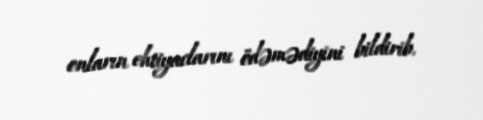
onların ehtiyaclarını ödəmədiyini bildirib.